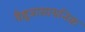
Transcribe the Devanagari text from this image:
वैद्युत्रासायनिक